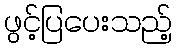
ဖွင့်ပြပေးသည့်